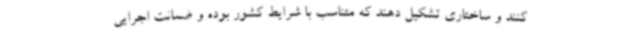
کنند و ساختاری تشکیل دهند که متناسب با شرایط کشور بوده و ضمانت اجرایی